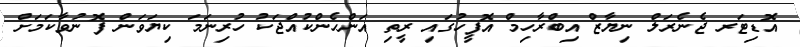
އޮޑިޓަރ ޖެނެރަލް ނިޔާޒް އިބްރާހިމް އޮފީހުގައި ރީތި އަންހެންކުއްޖަކު ހުރިނަމަ ކިޔަވަން ފޮނުވާކަމަށް